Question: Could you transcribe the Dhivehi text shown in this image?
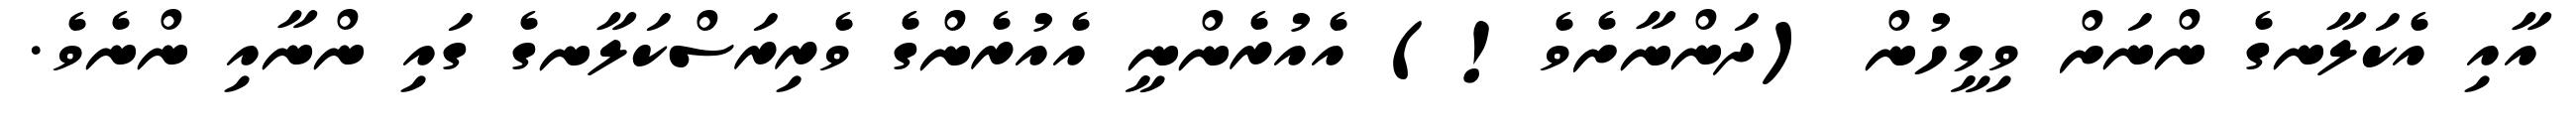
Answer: އާއި އެކަލާނގެ ންނަށް ވިމީހުން (ދަންނާށެވެ!) އެއުރެންނީ އެއުރެންގެ ވެރިރަސްކަލާނގެ ގައި ންނާއި ންނެވެ.